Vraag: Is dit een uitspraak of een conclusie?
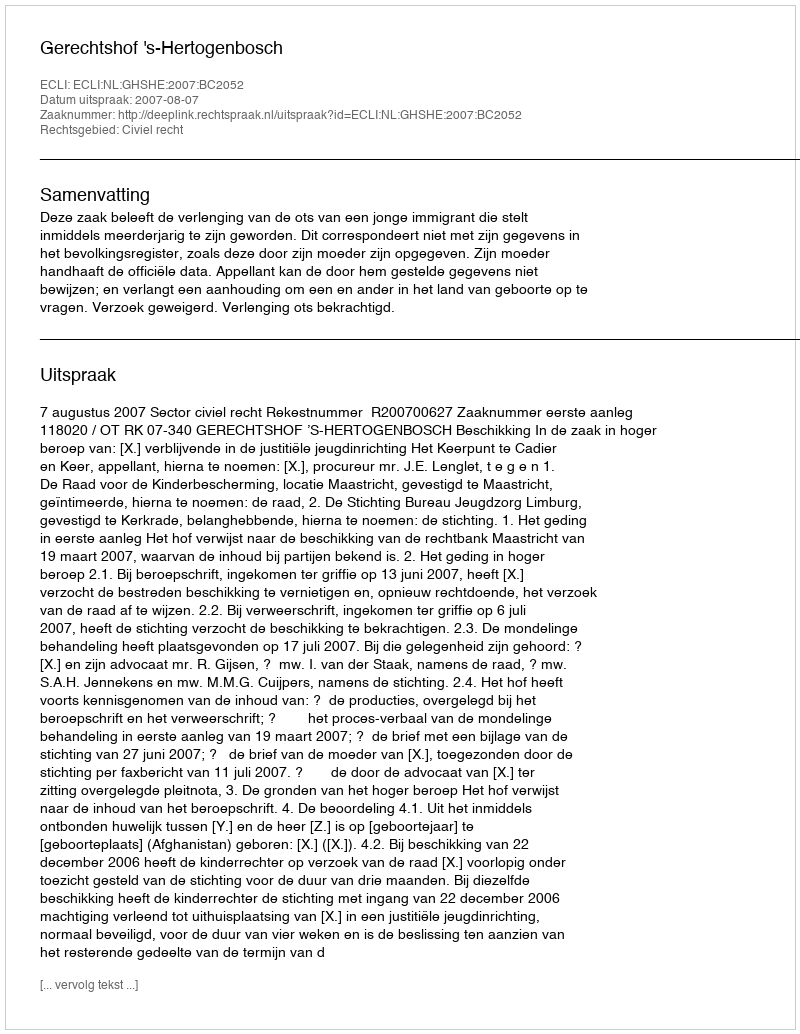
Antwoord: Uitspraak